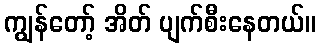
ကျွန်တော့် အိတ် ပျက်စီးနေတယ်။